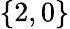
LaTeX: \{ 2,0\}